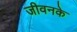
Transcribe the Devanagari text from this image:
जीवनके